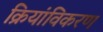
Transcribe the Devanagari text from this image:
क्रियांविकरण